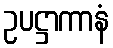
ဥပဋ္ဌာကာနံ